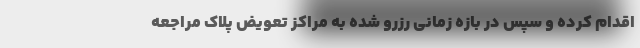
اقدام کرده و سپس در بازه زمانی رزرو شده به مراکز تعویض پلاک مراجعه